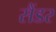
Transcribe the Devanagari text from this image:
सैंडर